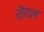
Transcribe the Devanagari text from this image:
रौयल